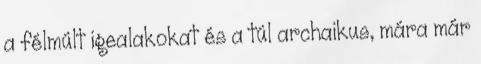
a félmúlt igealakokat és a túl archaikus, mára már